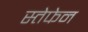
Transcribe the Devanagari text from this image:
स्तेफेन